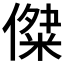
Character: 𠎖